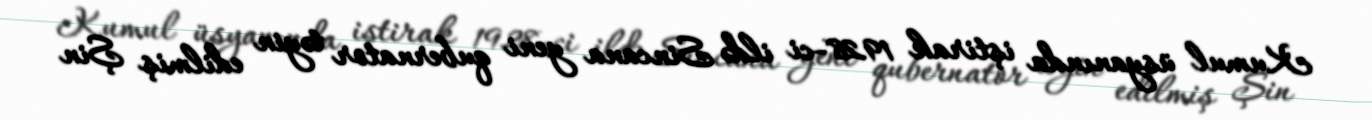
Kumul üsyanında iştirak 1928-ci ildə Sincana yeni qubernator təyin edilmiş Şin